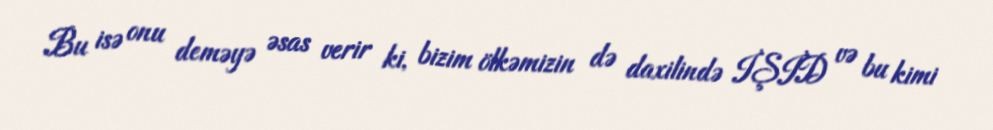
Bu isə onu deməyə əsas verir ki, bizim ölkəmizin də daxilində İŞİD və bu kimi